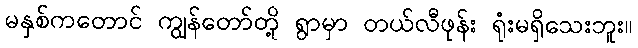
မနှစ်ကတောင် ကျွန်တော်တို့ ရွာမှာ တယ်လီဖုန်း ရုံးမရှိသေးဘူး။